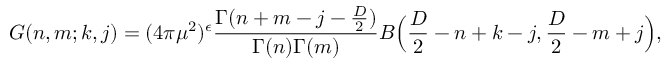
G ( n , m ; k , j ) = ( 4 \pi \mu ^ { 2 } ) ^ { \epsilon } \frac { \Gamma ( n + m - j - { \frac { D } { 2 } } ) } { \Gamma ( n ) \Gamma ( m ) } B \Big ( \frac { D } { 2 } - n + k - j , \frac { D } { 2 } - m + j \Big ) ,